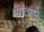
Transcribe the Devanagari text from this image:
मगदुराने